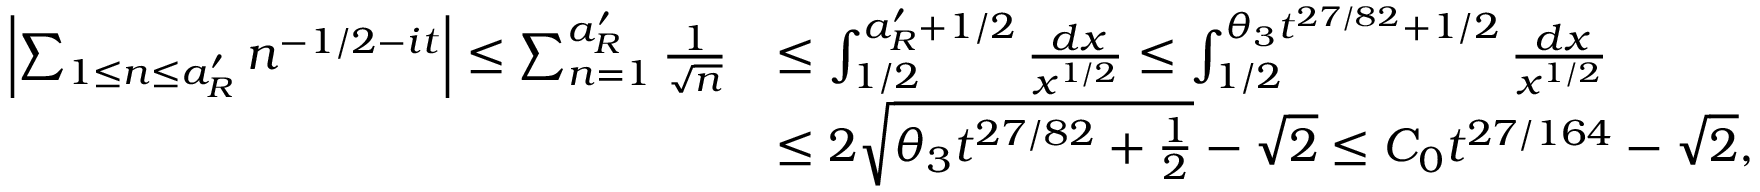
\begin{array} { r l } { \left| \sum _ { 1 \le n \le a _ { R } ^ { \prime } } n ^ { - 1 / 2 - i t } \right| \le \sum _ { n = 1 } ^ { a _ { R } ^ { \prime } } \frac { 1 } { \sqrt { n } } } & { \le \int _ { 1 / 2 } ^ { a _ { R } ^ { \prime } + 1 / 2 } \frac { \, d x } { x ^ { 1 / 2 } } \le \int _ { 1 / 2 } ^ { \theta _ { 3 } t ^ { 2 7 / 8 2 } + 1 / 2 } \frac { \, d x } { x ^ { 1 / 2 } } } \\ & { \le 2 \sqrt { \theta _ { 3 } t ^ { 2 7 / 8 2 } + \frac { 1 } { 2 } } - \sqrt { 2 } \le C _ { 0 } t ^ { 2 7 / 1 6 4 } - \sqrt { 2 } , } \end{array}